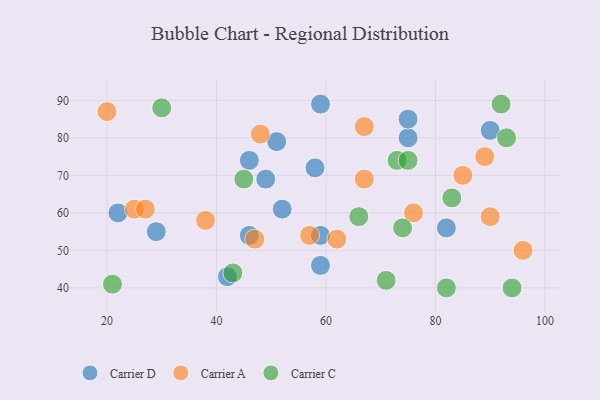
{"axis": {"x": "GDP", "y": "Life Expectancy"}, "legend": ["Carrier A", "Carrier C", "Carrier D"], "data": [{"x": "59", "y": 89, "type": "Carrier D"}, {"x": "29", "y": 55, "type": "Carrier D"}, {"x": "51", "y": 79, "type": "Carrier D"}, {"x": "46", "y": 54, "type": "Carrier D"}, {"x": "75", "y": 80, "type": "Carrier D"}, {"x": "59", "y": 46, "type": "Carrier D"}, {"x": "90", "y": 82, "type": "Carrier D"}, {"x": "75", "y": 85, "type": "Carrier D"}, {"x": "42", "y": 43, "type": "Carrier D"}, {"x": "58", "y": 72, "type": "Carrier D"}, {"x": "52", "y": 61, "type": "Carrier D"}, {"x": "59", "y": 54, "type": "Carrier D"}, {"x": "49", "y": 69, "type": "Carrier D"}, {"x": "22", "y": 60, "type": "Carrier D"}, {"x": "46", "y": 74, "type": "Carrier D"}, {"x": "82", "y": 56, "type": "Carrier D"}, {"x": "47", "y": 53, "type": "Carrier A"}, {"x": "67", "y": 83, "type": "Carrier A"}, {"x": "85", "y": 70, "type": "Carrier A"}, {"x": "76", "y": 60, "type": "Carrier A"}, {"x": "89", "y": 75, "type": "Carrier A"}, {"x": "57", "y": 54, "type": "Carrier A"}, {"x": "62", "y": 53, "type": "Carrier A"}, {"x": "20", "y": 87, "type": "Carrier A"}, {"x": "38", "y": 58, "type": "Carrier A"}, {"x": "67", "y": 69, "type": "Carrier A"}, {"x": "25", "y": 61, "type": "Carrier A"}, {"x": "90", "y": 59, "type": "Carrier A"}, {"x": "96", "y": 50, "type": "Carrier A"}, {"x": "27", "y": 61, "type": "Carrier A"}, {"x": "48", "y": 81, "type": "Carrier A"}, {"x": "73", "y": 74, "type": "Carrier C"}, {"x": "43", "y": 44, "type": "Carrier C"}, {"x": "93", "y": 80, "type": "Carrier C"}, {"x": "30", "y": 88, "type": "Carrier C"}, {"x": "92", "y": 89, "type": "Carrier C"}, {"x": "45", "y": 69, "type": "Carrier C"}, {"x": "21", "y": 41, "type": "Carrier C"}, {"x": "83", "y": 64, "type": "Carrier C"}, {"x": "82", "y": 40, "type": "Carrier C"}, {"x": "75", "y": 74, "type": "Carrier C"}, {"x": "74", "y": 56, "type": "Carrier C"}, {"x": "66", "y": 59, "type": "Carrier C"}, {"x": "94", "y": 40, "type": "Carrier C"}, {"x": "71", "y": 42, "type": "Carrier C"}]}